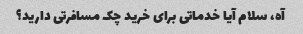
آه، سلام آیا خدماتی برای خرید چک مسافرتی دارید؟